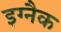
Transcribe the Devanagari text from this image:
इग्नैक